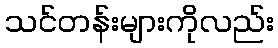
သင်တန်းများကိုလည်း